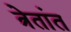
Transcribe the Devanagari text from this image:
त्रेतांत